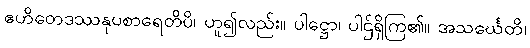
ဧဟိတေဒဿနုပစာရေတိပိ၊ ဟူ၍လည်း။ ပါဋ္ဌော၊ ပါဌ်ရှိကြ၏။ အသင်္ဃေတိ၊